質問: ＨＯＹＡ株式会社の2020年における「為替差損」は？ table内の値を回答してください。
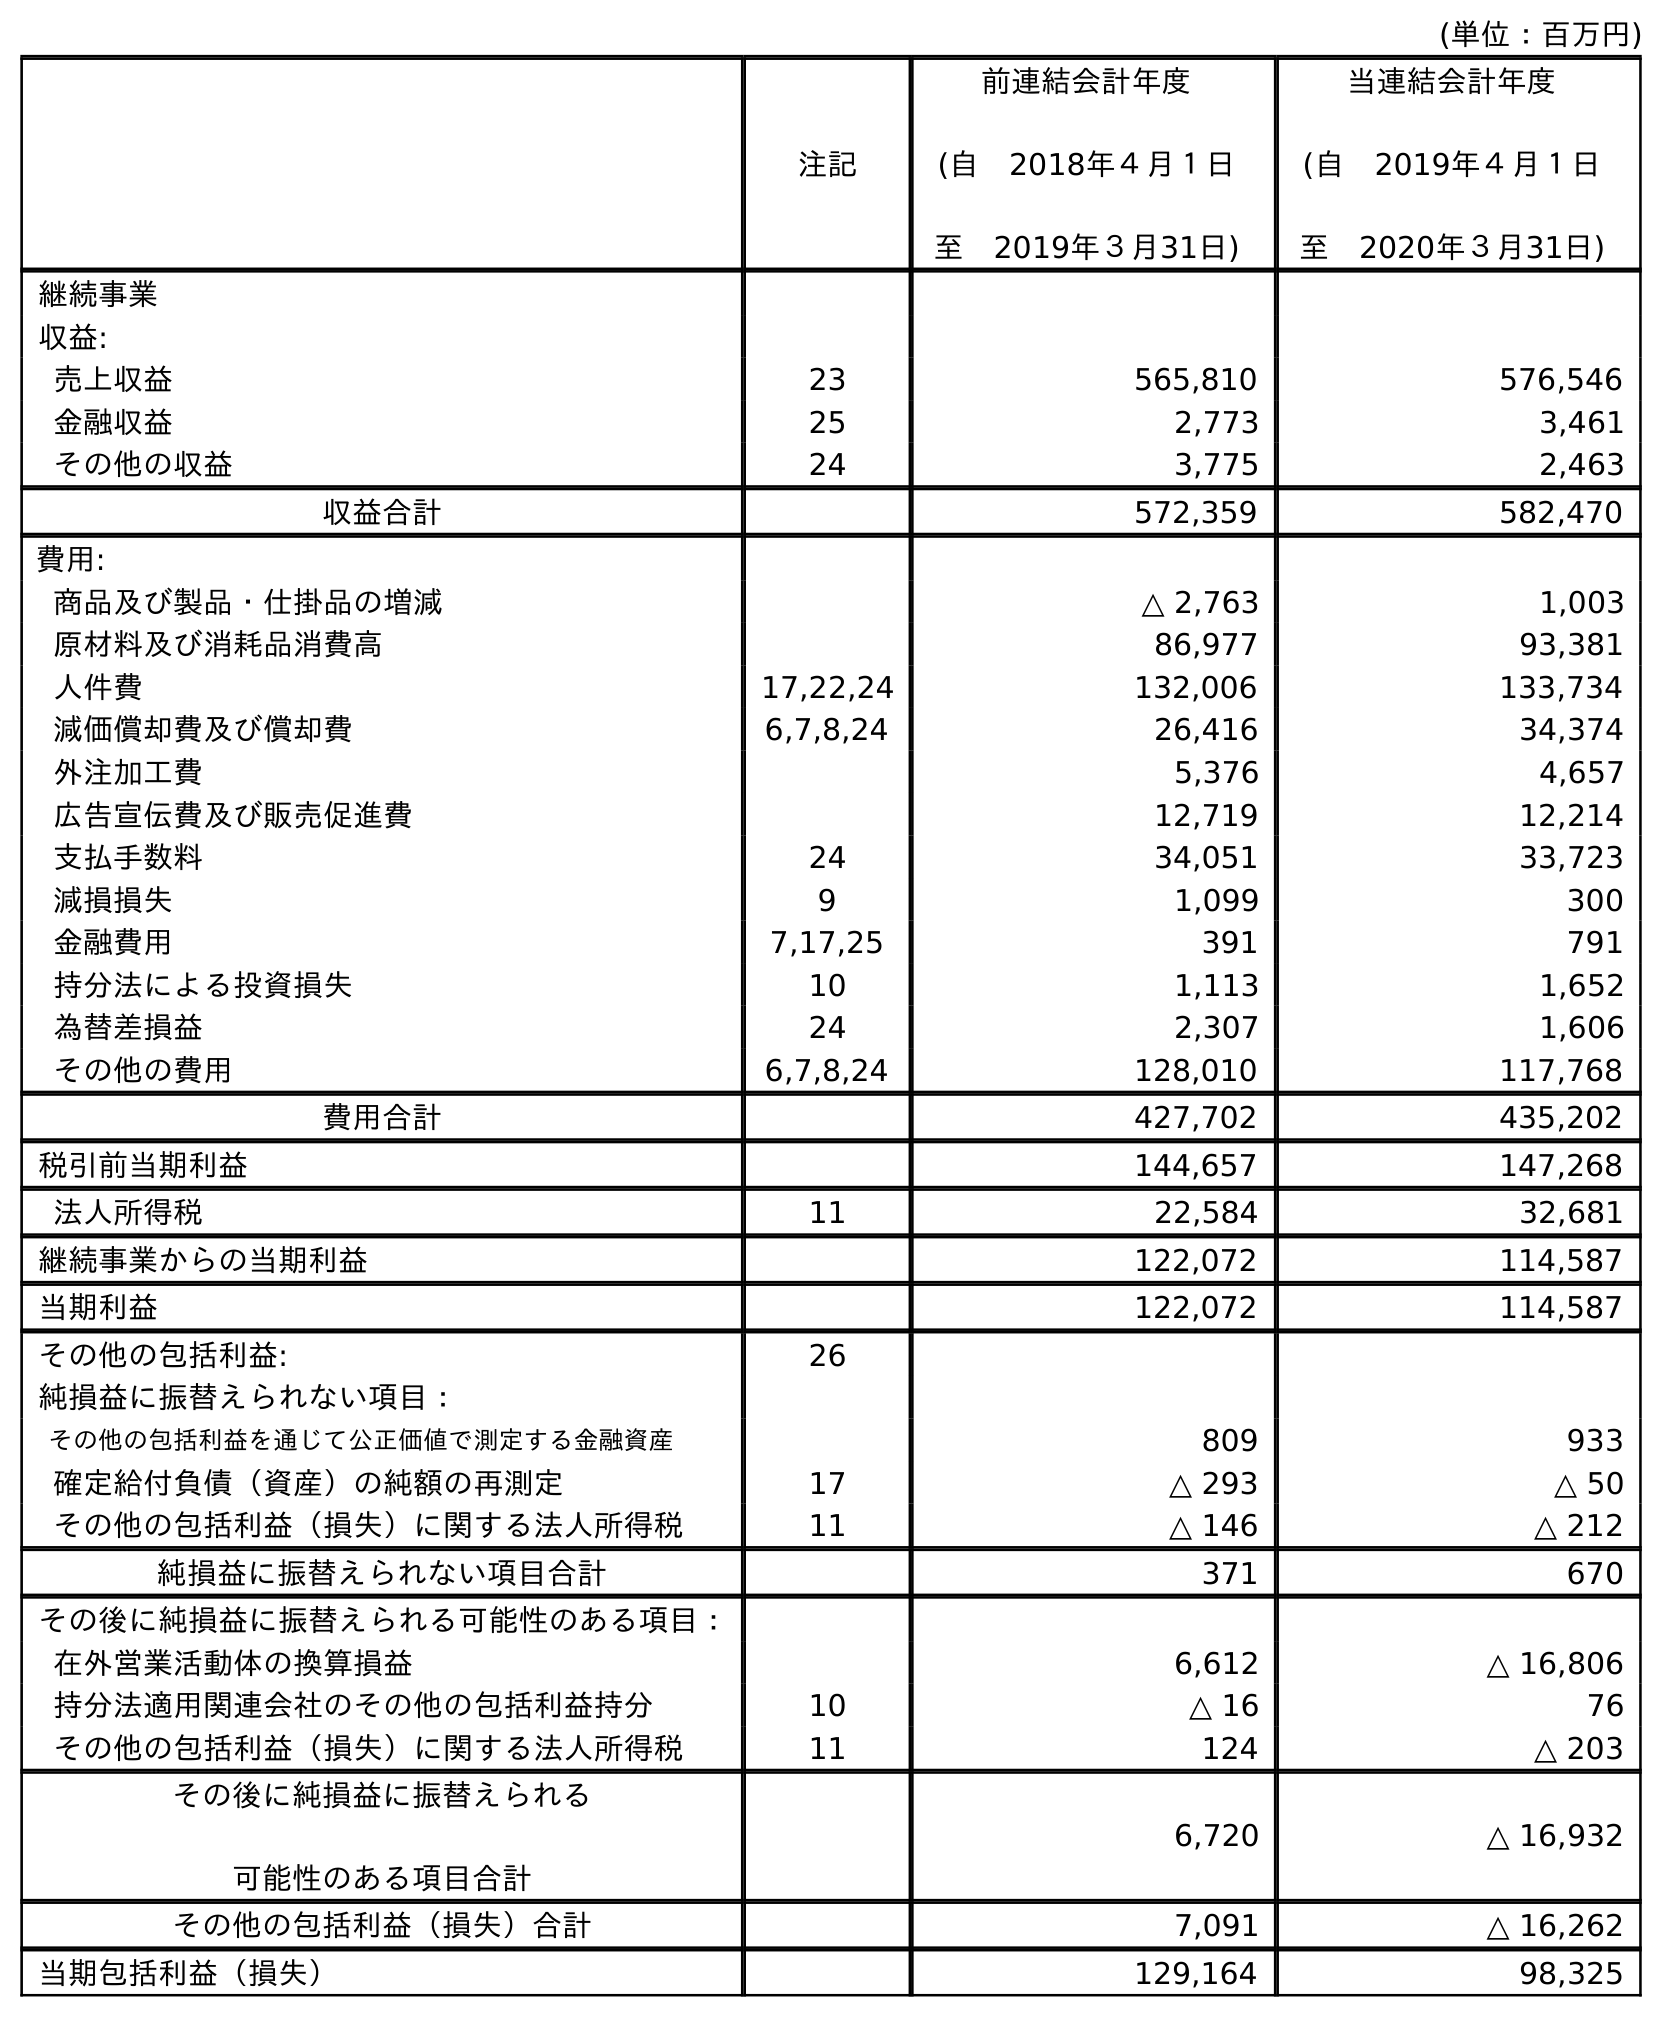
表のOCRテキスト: (単位：百万円) 注記 前連結会計年度 (自 2018年４月１日 至 2019年３月31日) 当連結会計年度 (自 2019年４月１日 至 2020年３月31日) 継続事業 収益: 売上収益 23 565,810 576,546 金融収益 25 2,773 3,461 その他の収益 24 3,775 2,463 収益合計 572,359 582,470 費用: 商品及び製品・仕掛品の増減 △ 2,763 1,003 原材料及び消耗品消費高 86,977 93,381 人件費 17,22,24 132,006 133,734 減価償却費及び償却費 6,7,8,24 26,416 34,374 外注加工費 5,376 4,657 広告宣伝費及び販売促進費 12,719 12,214 支払手数料 24 34,051 33,723 減損損失 9 1,099 300 金融費用 7,17,25 391 791 持分法による投資損失 10 1,113 1,652 為替差損益 24 2,307 1,606 その他の費用 6,7,8,24 128,010 117,768 費用合計 427,702 435,202 税引前当期利益 144,657 147,268 法人所得税 11 22,584 32,681 継続事業からの当期利益 122,072 114,587 当期利益 122,072 114,587 その他の包括利益: 26 純損益に振替えられない項目： その他の包括利益を通じて公正価値で測定する金融資産 809 933 確定給付負債（資産）の純額の再測定 17 △ 293 △ 50 その他の包括利益（損失）に関する法人所得税 11 △ 146 △ 212 純損益に振替えられない項目合計 371 670 その後に純損益に振替えられる可能性のある項目： 在外営業活動体の換算損益 6,612 △ 16,806 持分法適用関連会社のその他の包括利益持分 10 △ 16 76 その他の包括利益（損失）に関する法人所得税 11 124 △ 203 その後に純損益に振替えられる 可能性のある項目合計 6,720 △ 16,932 その他の包括利益（損失）合計 7,091 △ 16,262 当期包括利益（損失） 129,164 98,325
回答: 1,606